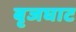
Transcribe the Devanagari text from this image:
बृजघाट